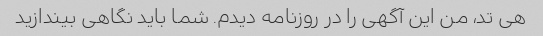
هی تد، من این آگهی را در روزنامه دیدم. شما باید نگاهی بیندازید